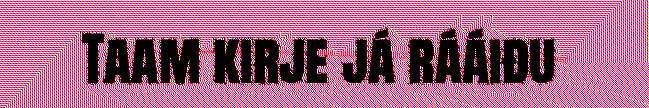
Taam kirje já rááiđu